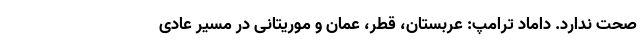
صحت ندارد. داماد ترامپ: عربستان، قطر، عمان و موریتانی در مسیر عادی